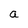
Character: a